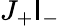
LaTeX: J_{+}\mathsf{I}_{-}